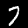
Label: 7